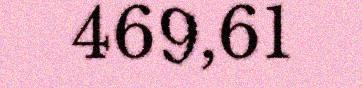
469,61